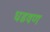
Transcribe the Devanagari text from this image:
घडवण